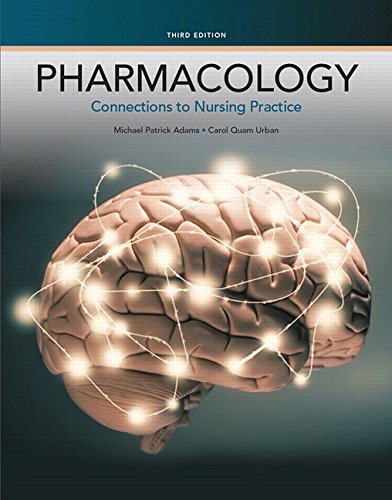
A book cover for Pharmacology: Connections to Nursing Practice (3rd Edition); Michael P. Adams; Medical Books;